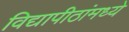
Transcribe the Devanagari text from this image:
विद्यापीठांमध्‍ये